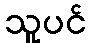
သူပင်